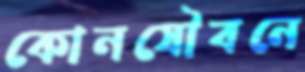
কোনযৌবনে